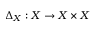
\Delta _ { X } : X \to X \times X